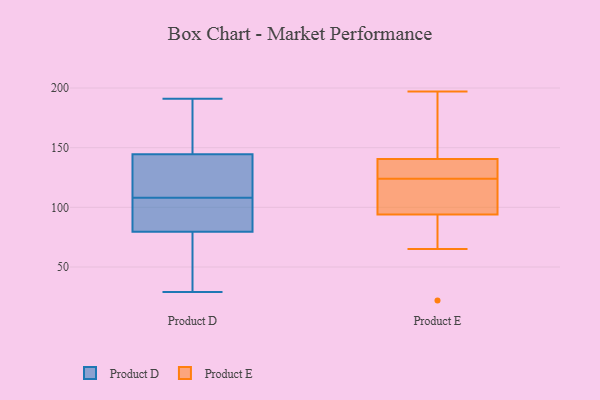
{"axis": {"x": "Net Income (USD K)", "y": "Value"}, "legend": ["Product D", "Product E"], "data": [{"x": "", "y": 116, "type": "Product D"}, {"x": "", "y": 81, "type": "Product D"}, {"x": "", "y": 75, "type": "Product D"}, {"x": "", "y": 134, "type": "Product D"}, {"x": "", "y": 119, "type": "Product D"}, {"x": "", "y": 79, "type": "Product D"}, {"x": "", "y": 148, "type": "Product D"}, {"x": "", "y": 191, "type": "Product D"}, {"x": "", "y": 53, "type": "Product D"}, {"x": "", "y": 151, "type": "Product D"}, {"x": "", "y": 104, "type": "Product D"}, {"x": "", "y": 171, "type": "Product D"}, {"x": "", "y": 100, "type": "Product D"}, {"x": "", "y": 29, "type": "Product D"}, {"x": "", "y": 50, "type": "Product D"}, {"x": "", "y": 118, "type": "Product D"}, {"x": "", "y": 96, "type": "Product D"}, {"x": "", "y": 189, "type": "Product D"}, {"x": "", "y": 108, "type": "Product D"}, {"x": "", "y": 94, "type": "Product E"}, {"x": "", "y": 82, "type": "Product E"}, {"x": "", "y": 94, "type": "Product E"}, {"x": "", "y": 139, "type": "Product E"}, {"x": "", "y": 145, "type": "Product E"}, {"x": "", "y": 197, "type": "Product E"}, {"x": "", "y": 160, "type": "Product E"}, {"x": "", "y": 135, "type": "Product E"}, {"x": "", "y": 100, "type": "Product E"}, {"x": "", "y": 103, "type": "Product E"}, {"x": "", "y": 22, "type": "Product E"}, {"x": "", "y": 188, "type": "Product E"}, {"x": "", "y": 136, "type": "Product E"}, {"x": "", "y": 101, "type": "Product E"}, {"x": "", "y": 65, "type": "Product E"}, {"x": "", "y": 124, "type": "Product E"}, {"x": "", "y": 135, "type": "Product E"}]}